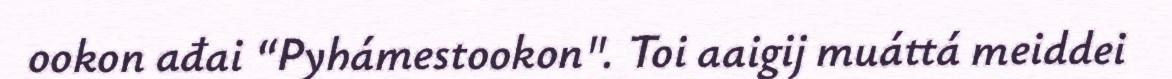
ookon ađai “Pyhámestookon". Toi aaigij muáttá meiddei